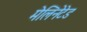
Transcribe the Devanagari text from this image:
मेलिनेटेड